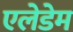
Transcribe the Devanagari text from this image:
एलेडेम